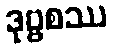
ဒုဗ္ဗစဿ